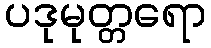
ပဒုမုတ္တရော